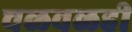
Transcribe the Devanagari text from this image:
चळवळही